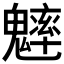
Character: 𩴐